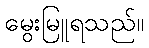
မွေးမြူရသည်။